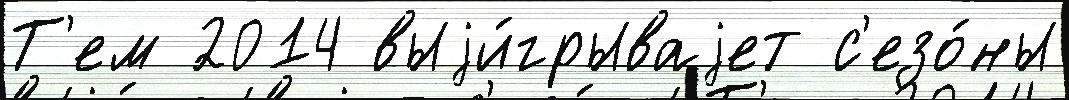
Т'ем 2014 выjи́грываjет с'езо́ны